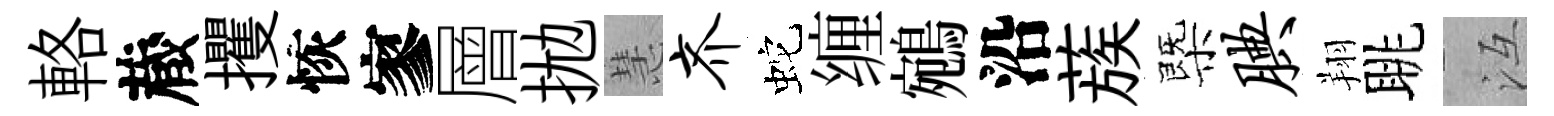
輅蔵攫恢寥層拋慧齐蛇缠鵷沿蔟㮣腆翔眺冱